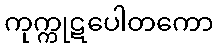
ကုက္ကုဋပေါတကော